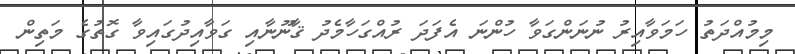
މިމުއްދަތު ހަމަވާއިރު ނުނަންގަވާ ހުންނަ އެފަދަ ރުއްގަހާމެދު ޤާނޫނާއި ގަވާއިދުގައިވާ ގޮތުގެ މަތިން